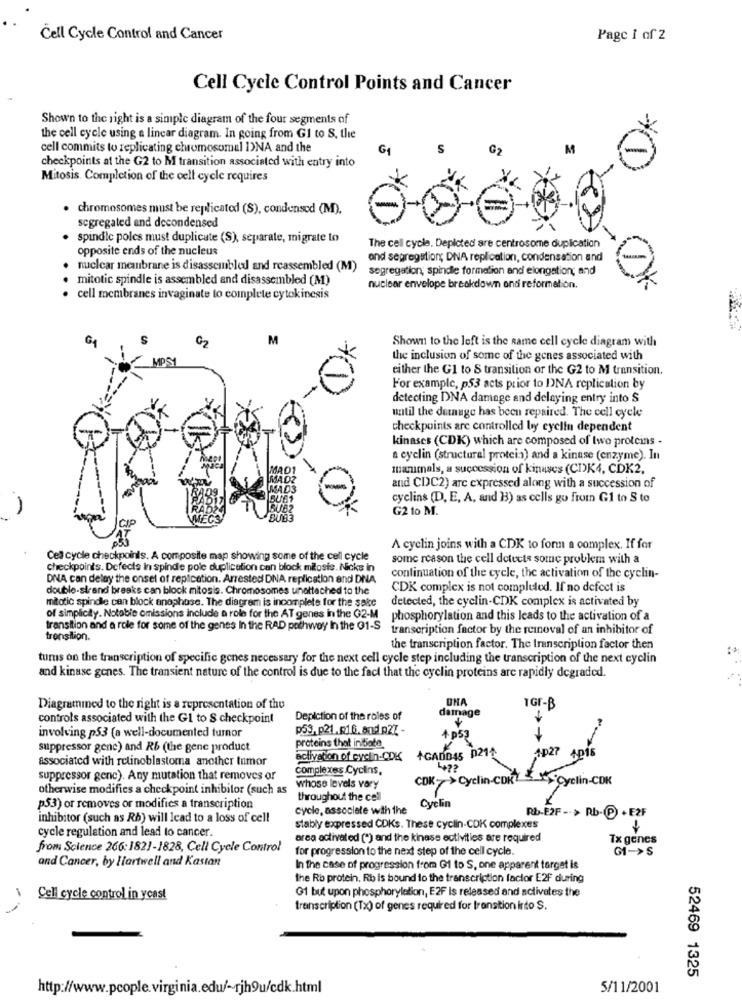
Cell Cycle Control and Cancer
Page 1 of 2
Cell Cycle Control Points and Cancer
Shown to the right is a simple diagram of the four segments of
the cell cycle using a linear diagram. In going from Gl to S, the
cell commits to replicating chromosomal INA and the
checkpoints at the G2 to M transition associated with entry into
Mitosis. Completion of the cell cycle requires
· chromosomes must be replicated (S), condensed (M).
segregated and decondensed
spindle poles must duplicate (S), separate, migrate to
opposite ends of the nucleus
The cell cycle, Depicted are centrosome duplication
and segregation; DNA replication, condensation and
nuclear membrane is disassembled and reassembled (M)
segregation; spindle formation and elongation; and
mitotic spindle is assembled and disassembled (M)
nuclear envelope breakdown and reformation.
· cell membranes invaginate to complete cytokinesis
GA
Q2
M
Shown to the left is the Rame cell cycle diagram with
MPS1
the inclusion of some of the genes associated with
either the G1 to S transition or the G2 to M transition.
For example, p53 acts prior to DNA replication by
detecting DNA damage and delaying entry into S
until the datnuge has been repaired. The cell cycle
checkpoints are controlled by cyclin dependent
kinases (CDK) which are composed of two proteins -
a cyclin (structural protein) and a kinase (enzyme). In
MAD
manimals, a succession of kinases (CDK4, CDK2.
MADZ
and CDC2) are expressed along with a succession of
cyclins (D, E, A, and H) as cells go from G1 to S to
-
G2 to M.
A cyclin joins with a CDK to for a complex. If for
Cel cycle checkpoints. A composite map showing some of the cell cycle
some reason the cell detects some problem with a
checkpoints. Defects In spinde pole duplication can block milosts. Nicks in
DNA can delay the onset of replication. Arrested DNA replication and DNA
continuation of the cycle, the activation of the cyclin-
double-strand breaks can block mitosis. Chromosomes unattached to the
CDK complex is not completed. If no defect is
mitotic spindle can block anophose. The diagram is incomplete for the sake
detected, the cyclin-CDK complex is activated by
of simpliciy. Notable omissions include a role for the AT genes in the G2-M
phosphorylation and this leads to the activation of a
transition and a role for some of the genes In the RAD pathway In the 91-S
transcription factor by the removal of an inhibitor of
transition.
the transcription factor. The transcription factor then
turus on the transcription of specific genes necessary for the next cell cycle step including the transcription of the next cyclin
and kinase genes. The transient nature of the control is due to the fact that the cyclin proteins are rapidly degraded.
DHA
TGF-B
Diagrammed to the right is a representation of the
damage
controls associated with the Gl to S checkpoint
Depiction of the roles of
p53.p21.016.and p27 -
involving p53 (a well-documented tumor
& p53
suppressor gene) and Rb (the gene product
proteins that initiate
AD27
AD15
associated with retinoblastoma another tumor
activation of cyclin-CDK +GADD45 0211.
Complexes Cyclins,
suppressor genc). Any mutation that removes or
COK->Cyclin-CDK
1Cyclin-CDK
otherwise modifies a checkpoint inhibitor (such as
whose levels vory
throughout the cell
p53) or removes or modifies a transcription
cycle, associate with the
Cyclin
Rb-E2F -- > Rb-(P) + E2F
inhibitor (such as Rb) will lead to a loss of cell
cycle regulation and lead to cancer.
stably expressed CDKs. These cyclin-CDK complexes
area activated (*) and the kinase ectivities are required
Tx genes
from Science 266: 1821-1828, Cell Cycle Control
for progression to the next step of the cell cycle.
GI->S
and Cancer, by liartwell and Kastan
In the case of progression from Gi to S, one apparent torget is
the Rb protein. Rb is bound to the transcription factor E2F during
Cell cycle control in ycast
G1 but upon phosphorylation, E2F Is released and activates the
transcription (Tx) of genes required for transition into S.
52469 1325
http://www.pcople.virginia.edu/~rjh9u/cdk.html
5/11/2001